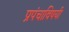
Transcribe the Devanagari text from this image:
प्रपंचाविषयी